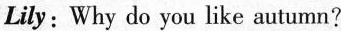
Lily: Why do you like autumn?